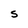
Character: S